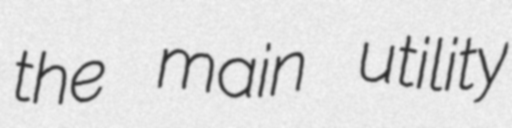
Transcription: the main utility